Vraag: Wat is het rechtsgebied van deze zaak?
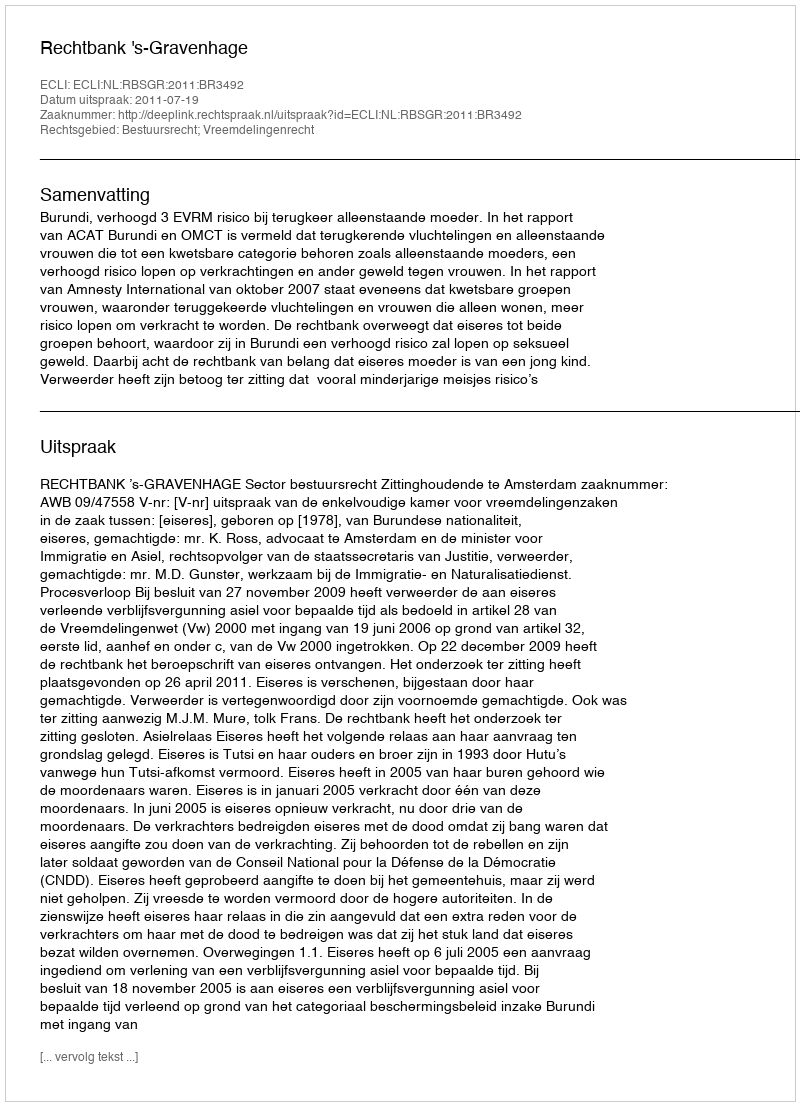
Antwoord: Bestuursrecht; Vreemdelingenrecht